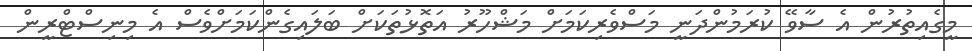
މީގެއިތުރުން އެ ސާވޭ ކުރަމުންދަނީ މަސްވެރިކަމަށް މަޝްހޫރު އަތޮޅުތަކަށް ބަލައިގެންކަމަށްވެސް އެ މިނިސްޓްރީން